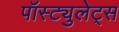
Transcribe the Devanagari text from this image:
पॉस्ट्युलेट्स